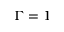
\Gamma = 1